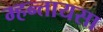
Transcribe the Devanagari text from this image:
म्हन्तायसा